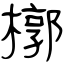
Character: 槨